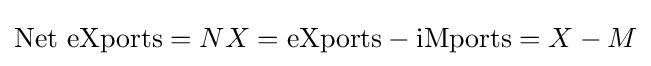
{\text{Net eXports}}=NX={\text{eXports}}-{\text{iMports}}=X-M